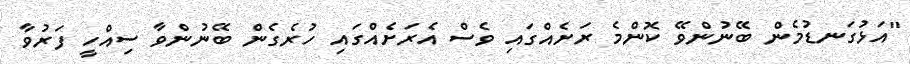
"އަޅުގަނޑުމެން ބޭނުންވޭ ކޮންމެ ރަށެއްގައި ވެސް އެރަށެއްގައި ހުރެގެން ބޭނުންވާ ސިއްހީ ފަރުވާ